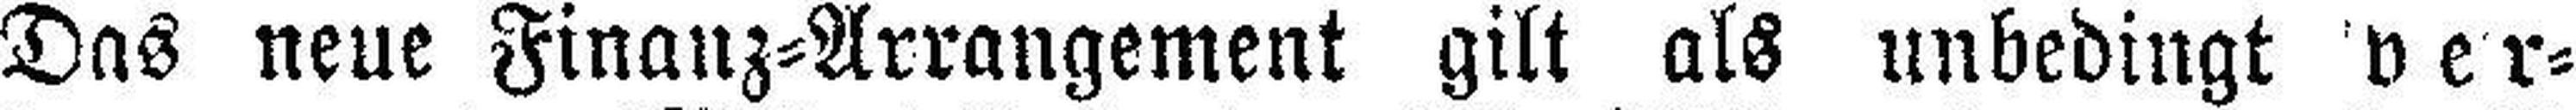
Das neue Finanz=Arrangement gilt als unbedingt ver¬